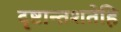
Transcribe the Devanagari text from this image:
दृष्टान्तशतेहि